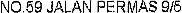
NO.59 JALAN PERMAS 9/5